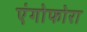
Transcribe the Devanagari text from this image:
एंगोफोरा